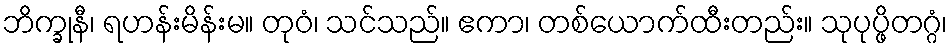
ဘိက္ခုနီ၊ ရဟန်းမိန်းမ။ တုဝံ၊ သင်သည်။ ဧကာ၊ တစ်ယောက်ထီးတည်း။ သုပုပ္ဖိတဂ္ဂံ၊